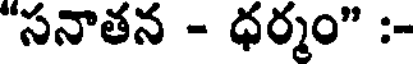
"సనాతన - ధర్మం" :-